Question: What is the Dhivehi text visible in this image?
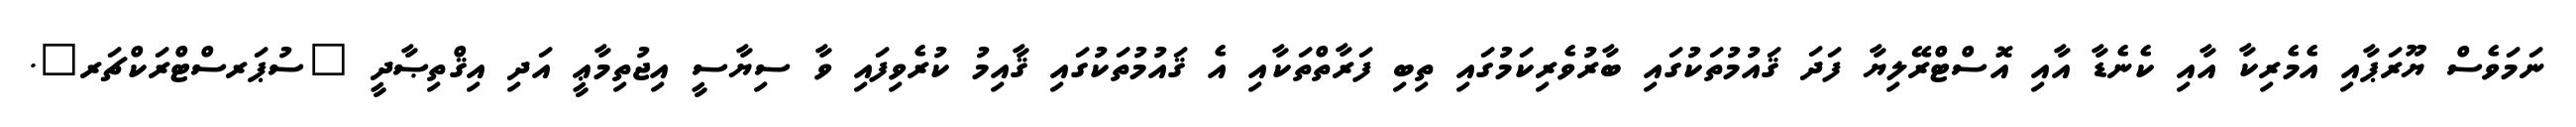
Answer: ނަމަވެސް ޔޫރަޕާއި އެމެރިކާ އާއި ކެނެޑާ އާއި އޮސްޓްރޭލިޔާ ފަދަ ޤައުމުތަކުގައި ބާރުވެރިކަމުގައި ތިބި ފަރާތްތަކާއި އެ ޤައުމުތަކުގައި ޤާއިމު ކުރެވިފައި ވާ ސިޔާސީ އިޖުތިމާޢީ އަދި އިޤްތިޞާދީ "ސުޕަރސްޓްރަކްޗަރ".